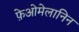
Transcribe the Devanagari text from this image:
फ़ेओमेलानिन